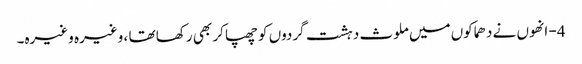
4- انھوں نے دھماکوں میں ملوث دہشت گردوں کو چھپا کر بھی رکھا تھا ، وغیرہ وغیرہ۔